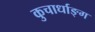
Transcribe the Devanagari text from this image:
कुचार्धाङ्ग